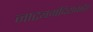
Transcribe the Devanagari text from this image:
नाट्यमंदिराबाहेर